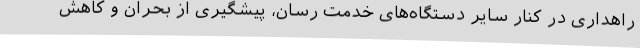
راهداری در کنار سایر دستگاه‌های خدمت رسان، پیشگیری از بحران و کاهش